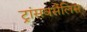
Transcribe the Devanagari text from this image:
ट्रांसवर्सैलिस